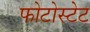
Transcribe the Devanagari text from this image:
फोटोस्टेट